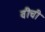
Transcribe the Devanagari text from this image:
वीची